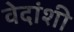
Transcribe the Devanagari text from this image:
वेदांशी